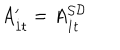
LaTeX: A _ { { \dot { 1 } } t } ^ { \prime } = A _ { { \dot { 1 } } t } ^ { { \cal S D } }